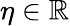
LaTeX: \eta\in\mathbb R